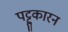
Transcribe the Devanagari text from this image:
पट्टुकारन